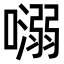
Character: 𡀡